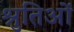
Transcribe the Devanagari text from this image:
श्रुतिओं